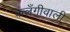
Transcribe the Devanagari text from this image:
कलँगीवाली